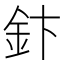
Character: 𮡬